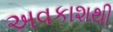
અવકાશથી